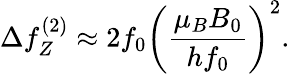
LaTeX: \Delta f_{Z}^{(2)}\approx 2f_{0}\left(\frac{\mu_{B}B_{0}}{hf_{0}}\right)^{2}.